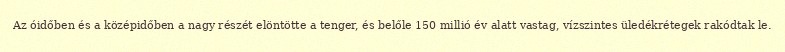
Az óidőben és a középidőben a nagy részét elöntötte a tenger, és belőle 150 millió év alatt vastag, vízszintes üledékrétegek rakódtak le.